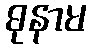
ဓုနာမ